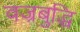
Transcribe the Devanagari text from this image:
वज्रबुद्धि